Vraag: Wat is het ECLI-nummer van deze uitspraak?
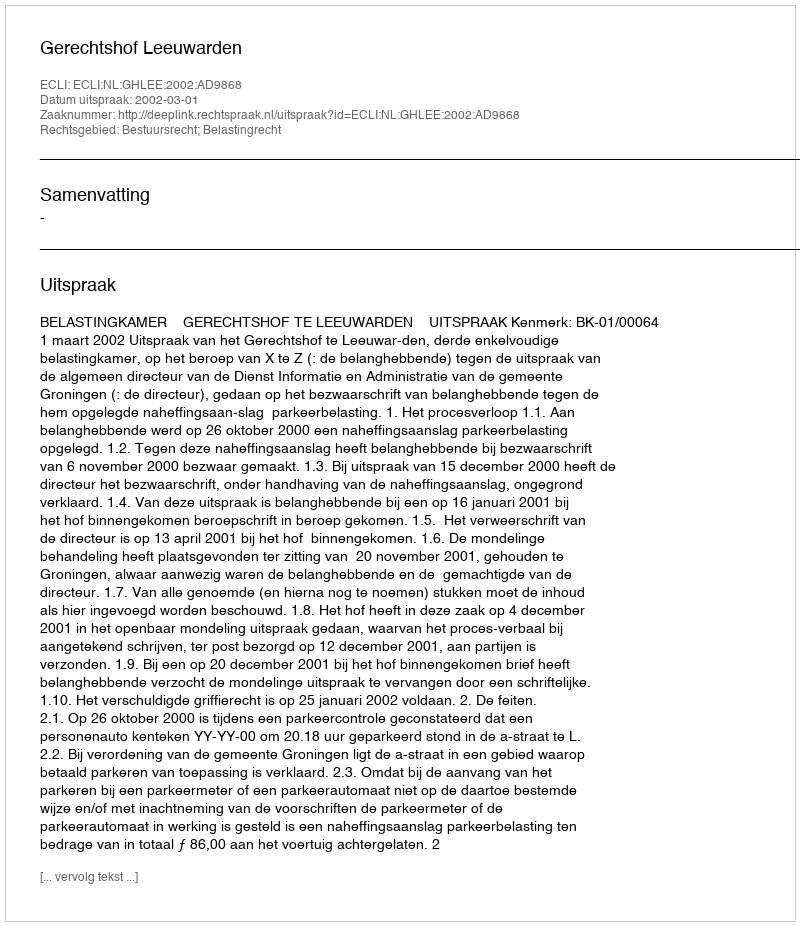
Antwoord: ECLI:NL:GHLEE:2002:AD9868